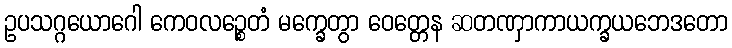
ဥပသဂ္ဂယောဂေါ ကေဝလဉ္စေတံ မက္ခေတွာ ဝေတ္တေန ဆတဏှာကာယက္ခယဘေဒတော